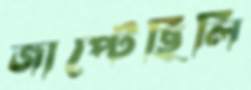
জাপ্‌টেছিলি